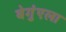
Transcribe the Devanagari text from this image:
बेगुंएला